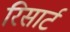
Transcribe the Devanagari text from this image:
रिसार्ट